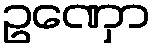
ဥဏှော